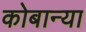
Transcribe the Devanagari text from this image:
कोबान्या